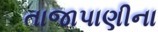
તાજાપાણીના